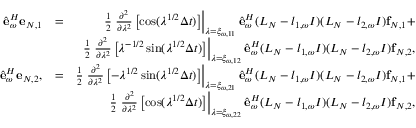
\begin{array} { r l r } { \hat { \bf e } _ { \omega } ^ { H } { \bf e } _ { N , 1 } } & { = } & { \frac { 1 } { 2 } \left. \frac { \partial ^ { 2 } } { \partial \lambda ^ { 2 } } \left[ \cos ( \lambda ^ { 1 / 2 } \Delta t ) \right] \right| _ { \lambda = \xi _ { \omega , 1 1 } } \hat { \bf e } _ { \omega } ^ { H } ( L _ { N } - l _ { 1 , \omega } I ) ( L _ { N } - l _ { 2 , \omega } I ) { \bf f } _ { N , 1 } + } \\ & { } & { \frac { 1 } { 2 } \left. \frac { \partial ^ { 2 } } { \partial \lambda ^ { 2 } } \left[ \lambda ^ { - 1 / 2 } \sin ( \lambda ^ { 1 / 2 } \Delta t ) \right] \right| _ { \lambda = \xi _ { \omega , 1 2 } } \hat { \bf e } _ { \omega } ^ { H } ( L _ { N } - l _ { 1 , \omega } I ) ( L _ { N } - l _ { 2 , \omega } I ) { \bf f } _ { N , 2 } , } \\ { \hat { \bf e } _ { \omega } ^ { H } { \bf e } _ { N , 2 } , } & { = } & { \frac { 1 } { 2 } \left. \frac { \partial ^ { 2 } } { \partial \lambda ^ { 2 } } \left[ - \lambda ^ { 1 / 2 } \sin ( \lambda ^ { 1 / 2 } \Delta t ) \right] \right| _ { \lambda = \xi _ { \omega , 2 1 } } \hat { \bf e } _ { \omega } ^ { H } ( L _ { N } - l _ { 1 , \omega } I ) ( L _ { N } - l _ { 2 , \omega } I ) { \bf f } _ { N , 1 } + } \\ & { } & { \frac { 1 } { 2 } \left. \frac { \partial ^ { 2 } } { \partial \lambda ^ { 2 } } \left[ \cos ( \lambda ^ { 1 / 2 } \Delta t ) \right] \right| _ { \lambda = \xi _ { \omega , 2 2 } } \hat { \bf e } _ { \omega } ^ { H } ( L _ { N } - l _ { 1 , \omega } I ) ( L _ { N } - l _ { 2 , \omega } I ) { \bf f } _ { N , 2 } , } \end{array}